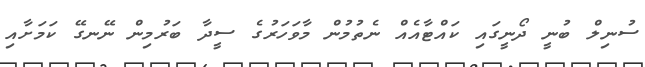
ސުނިލް ބުނީ ދޯނީގައި ކައްޓާއެއް ނެތުމުން މާވަހަރުގެ ސީދާ ބަރުމިން ނޭނގޭ ކަމަށާއި